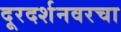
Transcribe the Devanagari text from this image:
दूरदर्शनवरचा